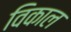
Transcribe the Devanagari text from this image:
विकाल